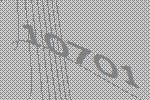
10701